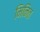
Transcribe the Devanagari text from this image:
मिनित